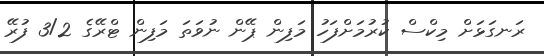
ރަނގަޅަށް މިކްސް ކުރުމަށްފަހު މަފިން ޕޭން ނުވަތަ މަފިން ޓްރޭގެ 3/2 ފުރޭ